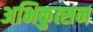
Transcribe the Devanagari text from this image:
अभिकुत्सन